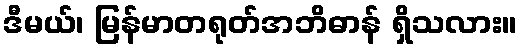
ဒီမယ်၊ မြန်မာတရုတ်အဘိဓာန် ရှိသလား။